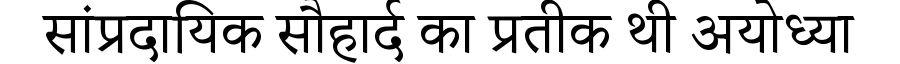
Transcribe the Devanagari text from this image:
सांप्रदायिक सौहार्द का प्रतीक थी अयोध्या